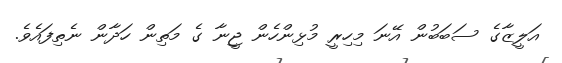
އަލީޒާގެ ސަބަބުން އޭނަ މިހިރީ މުޅިންހެން ޖީނާ ގެ މަތިން ހަދާން ނެތިފައެވެ.